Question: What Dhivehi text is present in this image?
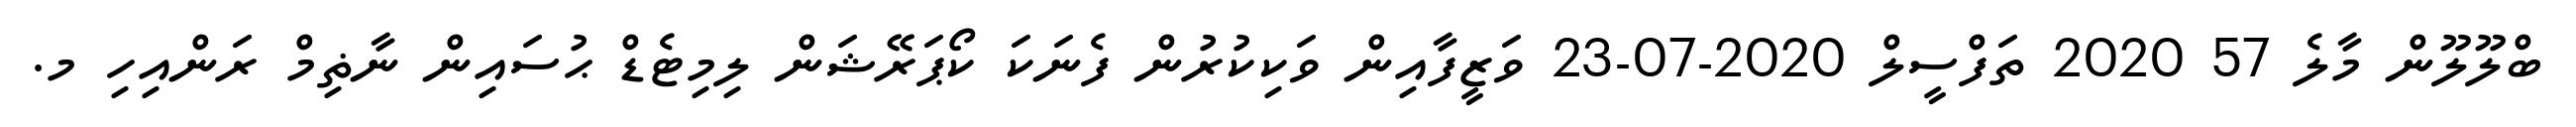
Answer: ބްލޫލޫން މާލެ 57 2020 ތަފްސީލް 2020-07-23 ވަޒީފާއިން ވަކިކުރުން ފެނަކަ ކޯޕަރޭޝަން ލިމިޓެޑް ޙުސައިން ނާޡިމް ރަންއިހި މ.